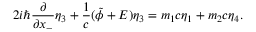
2 i { \hbar } \frac { \partial } { \partial x _ { - } } { \eta } _ { 3 } + \frac { 1 } { c } ( \tilde { \phi } + E ) { \eta } _ { 3 } = m _ { 1 } c { \eta } _ { 1 } + m _ { 2 } c { \eta } _ { 4 } .